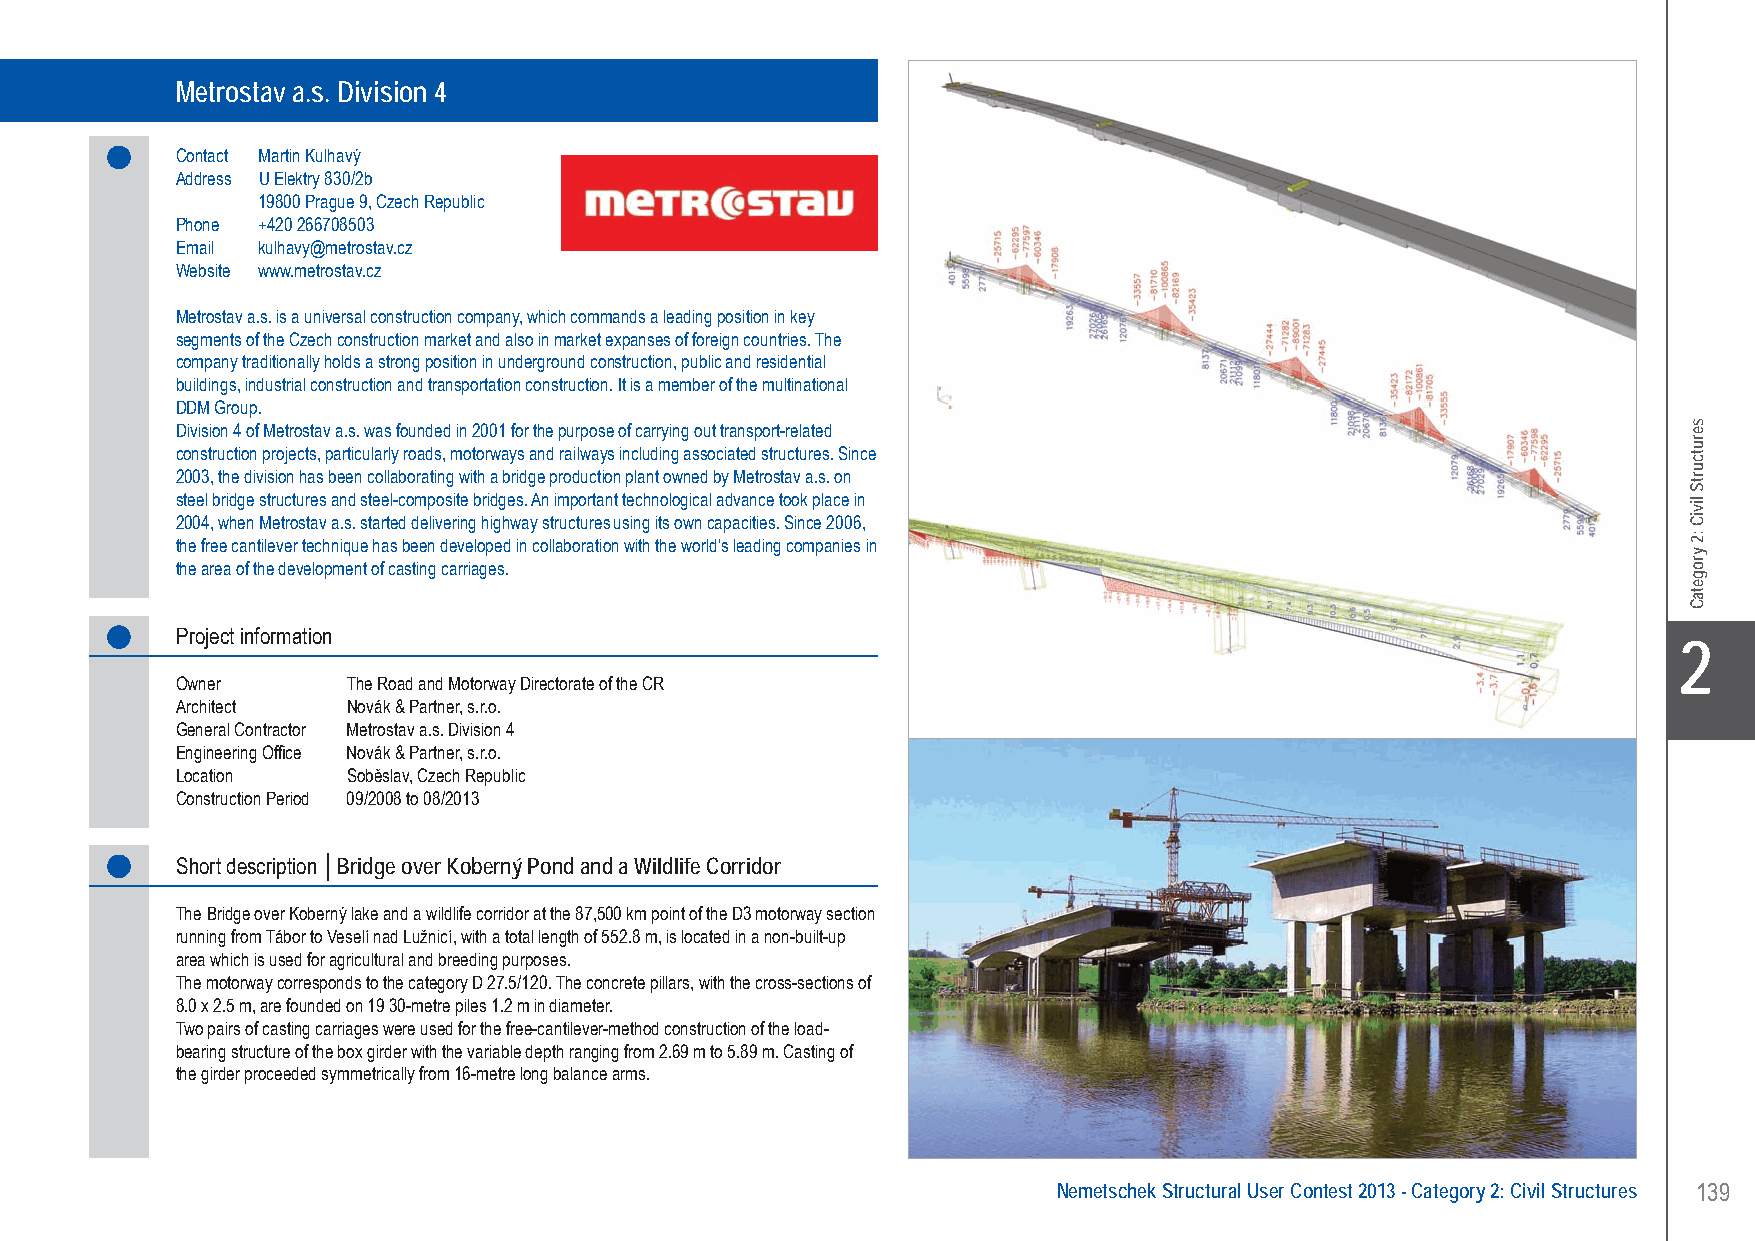
Metrostav a.s. division 4 Bridge over Koberný Pond and a Wildlife Corridor at km 87,500 of D3 Motorway - Soběslav, Czech Republic
 Metrostav a.s. Division 4
 Contact Martin Kulhavý
 Address U Elektry 830/2b
 19800 Prague 9, Czech Republic
 Phone +420 266708503
 Email kulhavy@metrostav.cz
 Website www.metrostav.cz
 Metrostav a.s. is a universal construction company, which commands a leading position in key
 segments of the Czech construction market and also in market expanses of foreign countries. The
 company traditionally holds a strong position in underground construction, public and residential
 buildings, industrial construction and transportation construction. It is a member of the multinational
 DDM Group.
 Division 4 of Metrostav a.s. was founded in 2001 for the purpose of carrying out transport-related
 construction projects, particularly roads, motorways and railways including associated structures. Since
 2003, the division has been collaborating with a bridge production plant owned by Metrostav a.s. on
 steel bridge structures and steel-composite bridges. An important technological advance took place in
 2004, when Metrostav a.s. started delivering highway structures using its own capacities. Since 2006,
 the free cantilever technique has been developed in collaboration with the world’s leading companies in
 the area of the development of casting carriages.
 Project information
 X2
 Owner      The Road and Motorway Directorate of the CR
 Architect  Novák & Partner, s.r.o.
 General Contractor Metrostav a.s. Division 4
 Engineering Office Novák & Partner, s.r.o.
 Location   Soběslav, Czech Republic
 Construction Period 09/2008 to 08/2013
 Short description │Bridge over Koberný Pond and a Wildlife Corridor
 The Bridge over Koberný lake and a wildlife corridor at the 87,500 km point of the D3 motorway section
 running from Tábor to Veselí nad Lužnicí, with a total length of 552.8 m, is located in a non-built-up
 area which is used for agricultural and breeding purposes.
 The motorway corresponds to the category D 27.5/120. The concrete pillars, with the cross-sections of
 8.0 x 2.5 m, are founded on 19 30-metre piles 1.2 m in diameter.
 Two pairs of casting carriages were used for the free-cantilever-method construction of the load-
 bearing structure of the box girder with the variable depth ranging from 2.69 m to 5.89 m. Casting of
 the girder proceeded symmetrically from 16-metre long balance arms.
 Nemetschek Structural User Contest 2013 - Category 2: Civil Structures 139
 UC-2013-Book-V8.indd 139                                                                                  7/11/2013 12:24:52 PM
 serutcurtS
 liviC
 :2
 yrogetaC